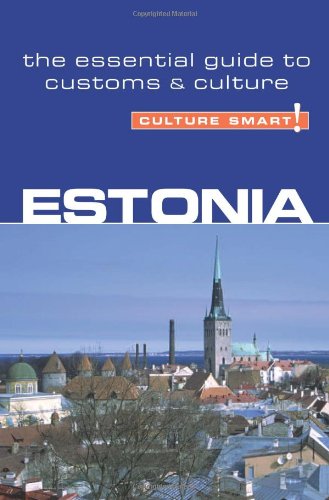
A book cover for Estonia - Culture Smart!: the essential guide to customs & culture; Clare Thomson; Travel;